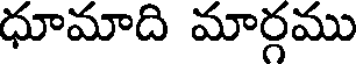
ధూమాది మార్గము